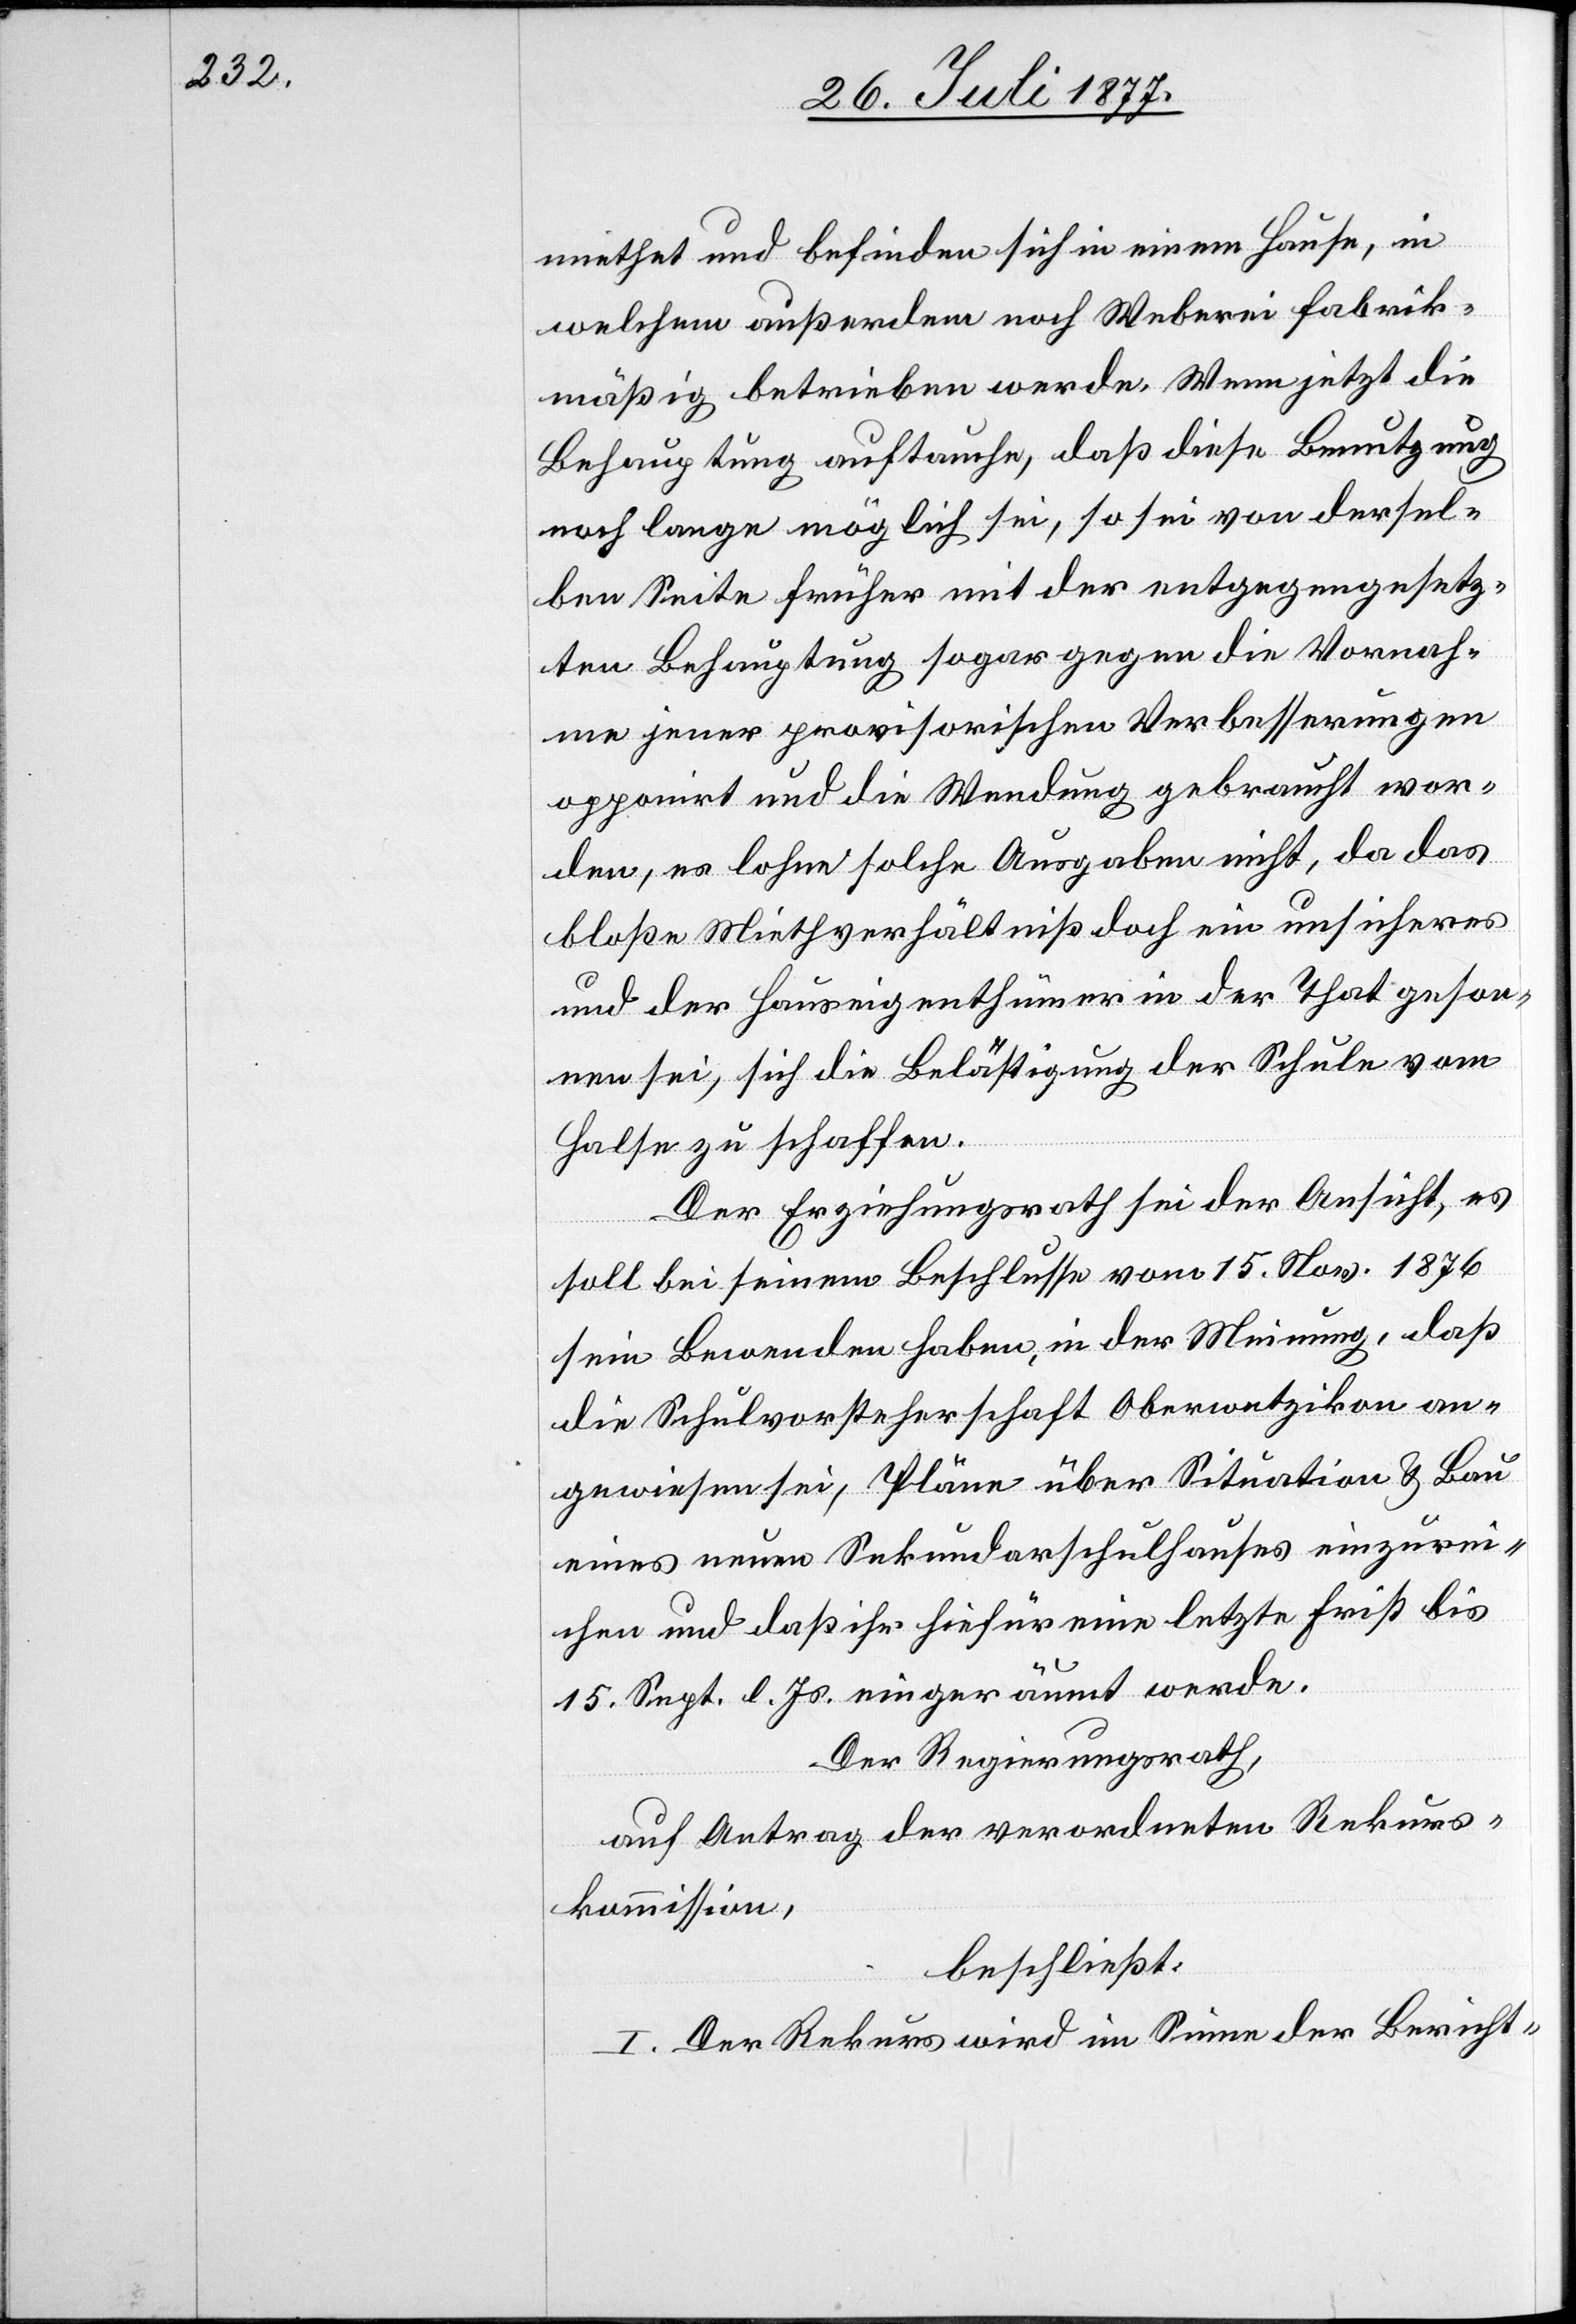
miethet und befinden sich in einem Hause, in
welchem außerdem noch Weberei fabrik¬
mäßig betrieben werde. Wenn jetzt die
Behauptung auftauche, daß diese Benutzung
noch lange möglich sei, so sei von dersel¬
ben Seite früher mit der entgegengesetz¬
ten Behauptung sogar gegen die Vornah¬
me jener provisorischen Verbesserungen
opponirt und die Wendung gebraucht wor¬
den, es lohne solche Ausgaben nicht, da das
bloße Miethverhältniß doch ein unsicheres
und der Hauseigenthümer in der That geson¬
nen sei, sich die Belästigung der Schule vom
Halse zu schaffen.
Der Erziehungsrath sei der Ansicht, es
soll bei seinem Beschlusse vom 15. Nov. 1876
sein Bewenden haben, in der Meinung, daß
die Schulvorsteherschaft Oberwetzikon an¬
gewiesen sei, Pläne über Situation & Bau
eines neuen Sekundarschulhauses einzurei¬
chen und daß ihr hiefür eine letzte Frist bis
15. Sept. l. Js. eingeräumt werde.
Der Regierungsrath,
auf Antrag der verordneten Rekurs¬
kommission,
beschließt:
I. Der Rekurs wird im Sinne der Bericht-